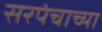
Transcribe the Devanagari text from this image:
सरपंचाच्या